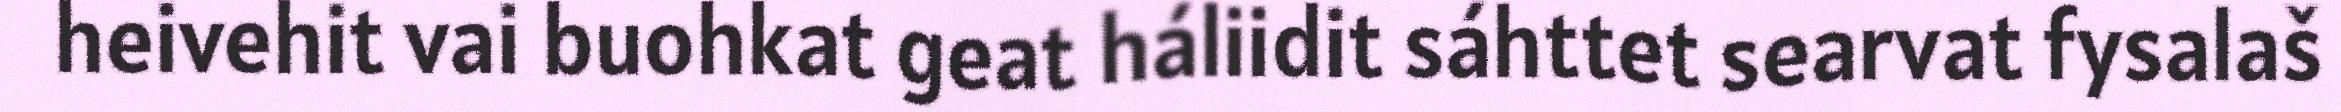
heivehit vai buohkat geat háliidit sáhttet searvat fysalaš